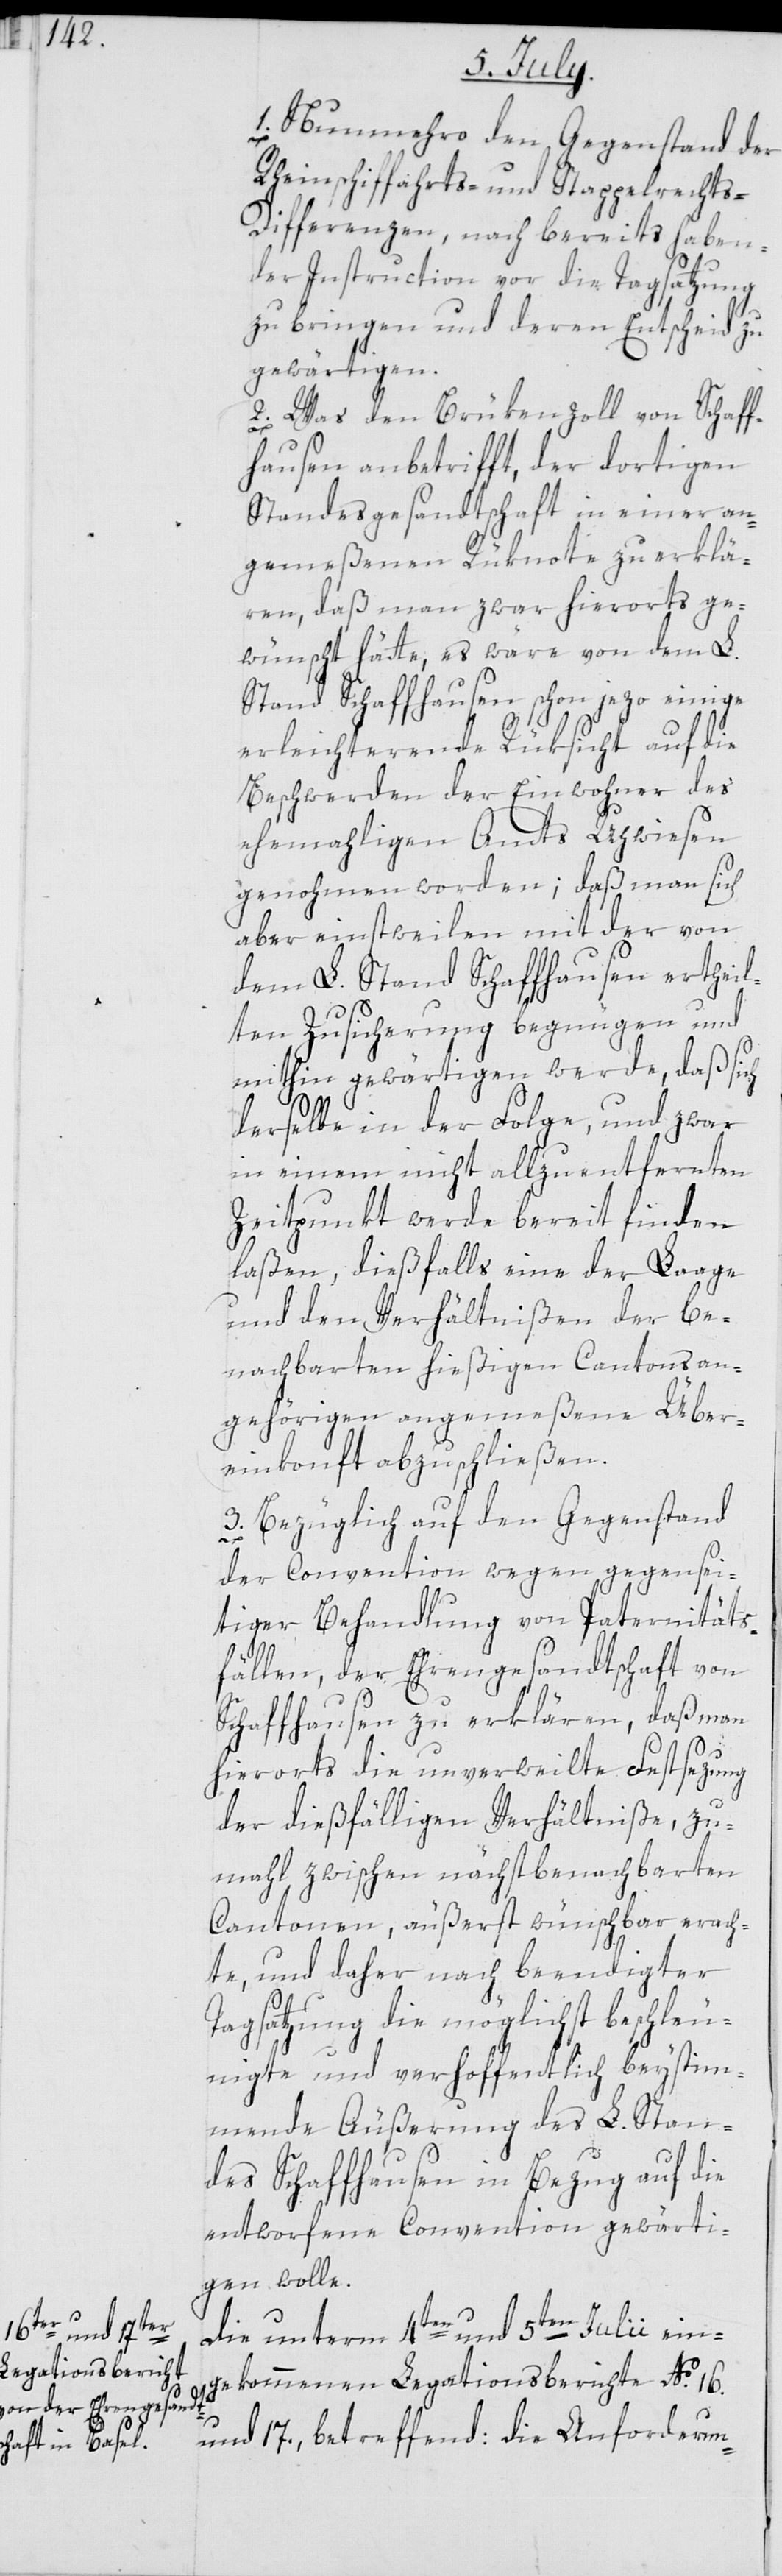
1. Nunmehro den Gegenstand der
Rheinschiffahrts- und Stappelrecht¬
s-Differenzen, nach bereits haben¬
der Instruction vor die Tagsatzung
zu bringen und deren Entscheid zu
gewärtigen.
2. Was den Brükenzoll von Schaff¬
hausen anbetrifft, der dortigen
Standesgesandtschaft in einer an¬
gemeßenen Rüknote zu erklä¬
ren, daß man zwar hierorts ge¬
wünscht hätte, es wäre von dem L.
Stand Schaffhausen schon jezo einige
erleichternde Rüksicht auf die
Beschwerden der Einwohner des
ehemaligen Amts Uhwiesen
genohmen worden; daß man sich
aber einstweilen mit der von
dem L. Stand Schaffhausen ertheil¬
ten Zusicherung begnügen und
mithin gewärtigen werde, daß sich
derselbe in der Folge, und zwar
in einem nicht allzu entfernten
Zeitpunkt werde bereit finden
laßen, dießfalls eine der Laage
und den Verhältnißen der be¬
nachbarten hießigen Cantonsan¬
gehörigen angemeßene Über¬
einkonft abzuschließen.
3. Bezüglich auf den Gegenstand
der Convention wegen gegensei¬
tiger Behandlung von Paternitäts¬
fällen, der Ehrengesandtschaft von
Schaffhausen zu erklären, daß man
hierorts die unverweilte Festsezung
der dießfälligen Verhältniße, zu¬
mahl zwischen nächstbenachbarten
Cantonen, äußerst wünschbar erach¬
te, und daher nach beendigter
Tagsatzung die möglichst beschleu¬
nigte und verhoffentlich beystim¬
mende Äußerung des L. Stan¬
des Schaffhausen in Bezug auf die
entworfene Convention gewärti¬
gen wolle.
Die unterm 4ten und 5ten Julii ein¬
gekommenen Legationsberichte No. 16.
und 17., betreffend: die Anforderun-